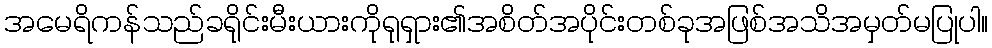
အမေရိကန်သည်ခရိုင်းမီးယားကိုရုရှား၏အစိတ်အပိုင်းတစ်ခုအဖြစ်အသိအမှတ်မပြုပါ။